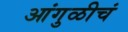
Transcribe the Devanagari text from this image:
आंगुळीचं